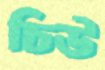
চিউ